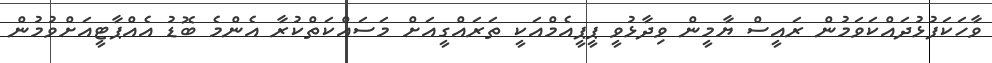
ވާހަކަފުޅުދައްކަވަމުން ރައީސް ޔާމީން ވިދާޅުވީ ޕީޕީއެމްއަކީ ތަރައްގީއަށް މަސައްކަތްކުރާ އެންމެ ބޮޑު އެއްޕާޓީއަށްވުމުން